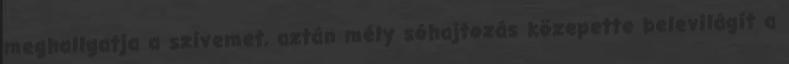
meghallgatja a szívemet, aztán mély sóhajtozás közepette belevilágít a